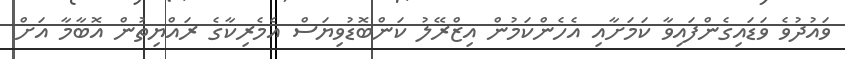
ވައުދުވެ ވަޑައިގެންފައިވާ ކަމަށާއި އެހެންކަމުން އިޒްރޭލު ކަންބޮޑުވިޔަސް އެމެރިކާގެ ރައްޔިތުން އޮބާމާ އަށް